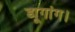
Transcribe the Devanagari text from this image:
ड्यूगांग।